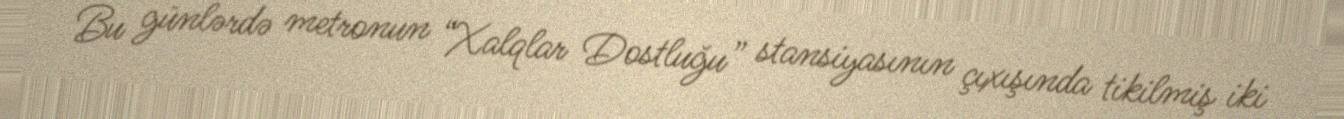
Bu günlərdə metronun “Xalqlar Dostluğu” stansiyasının çıxışında tikilmiş iki